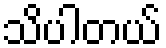
သိပါတယ်